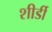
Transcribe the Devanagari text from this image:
शीर्डी